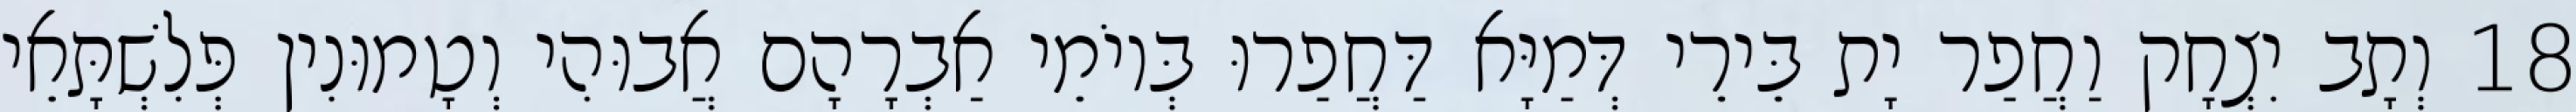
18 וְתָב יִצְחָק וַחֲפַר יָת בֵּירֵי דְּמַיָּא דַּחֲפַרוּ בְּיוֹמֵי אַבְרָהָם אֲבוּהִי וְטָמוּנִין פְּלִשְׁתָּאֵי